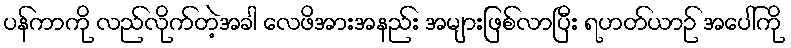
ပန်ကာကို လည်လိုက်တဲ့အခါ လေဖိအားအနည်း အများဖြစ်လာပြီး ရဟတ်ယာဉ် အပေါ်ကို